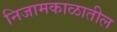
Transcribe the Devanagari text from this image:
निजामकाळातील